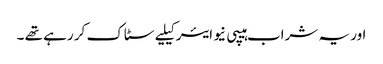
اور یہ شراب ہیپی نیو ایئر کیلیے سٹاک کر رہے تھے ۔